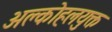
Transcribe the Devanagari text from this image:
अल्कोहलयुक्त